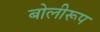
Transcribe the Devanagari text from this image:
बोलीरूप